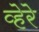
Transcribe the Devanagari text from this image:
व्हेरे